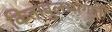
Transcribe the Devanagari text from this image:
किताबुलआगानी